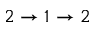
2 \rightarrow 1 \rightarrow 2